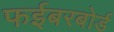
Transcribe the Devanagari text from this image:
फईबरबोर्ड